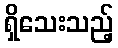
ရှိသေးသည့်